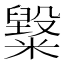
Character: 𥽂